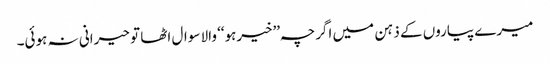
میرے پیاروں کے ذہن میں اگرچہ ’’خیرہو‘‘ والا سوال اٹھا تو حیرانی نہ ہوئی۔